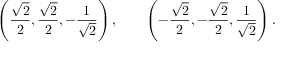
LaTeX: \left( { \frac { \sqrt { 2 } } { 2 } } , { \frac { \sqrt { 2 } } { 2 } } , - { \frac { 1 } { \sqrt { 2 } } } \right) , \qquad \left( - { \frac { \sqrt { 2 } } { 2 } } , - { \frac { \sqrt { 2 } } { 2 } } , { \frac { 1 } { \sqrt { 2 } } } \right) .